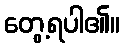
တွေ့ရပါ၏။